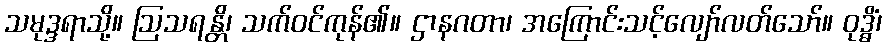
သမုဒ္ဒရာသို့။ ဩသရန္တိ၊ သက်ဝင်ကုန်၏။ ဌာနဂတာ၊ အကြောင်းသင့်လျော်လတ်သော်။ ဝုဒ္ဓိံ၊